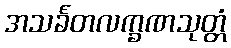
အသင်္ခတလက္ခဏသုတ္တံ